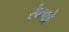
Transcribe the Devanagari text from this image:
रंग्पो